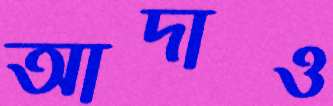
আদাও